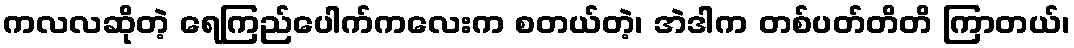
ကလလဆိုတဲ့ ရေကြည်ပေါက်ကလေးက စတယ်တဲ့၊ အဲဒါက တစ်ပတ်တိတိ ကြာတယ်၊